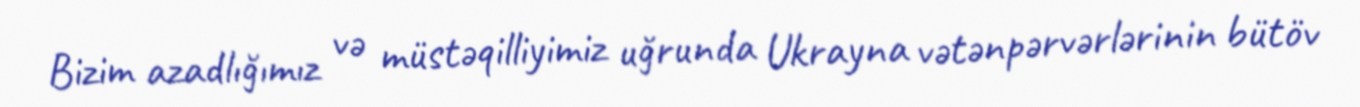
Bizim azadlığımız və müstəqilliyimiz uğrunda Ukrayna vətənpərvərlərinin bütöv